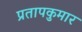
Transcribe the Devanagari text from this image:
प्रतापकुमार